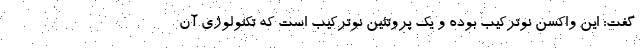
گفت: این واکسن نوترکیب بوده و یک پروتئین نوترکیب است که تکنولوژی آن